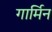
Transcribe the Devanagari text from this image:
गार्मिन